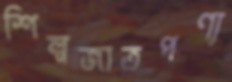
শিল্পজাতপণ্য